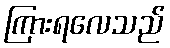
ကြားရလေသည်